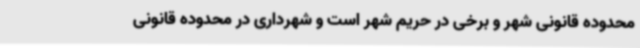
محدوده قانونی شهر و برخی در حریم شهر است و شهرداری در محدوده قانونی